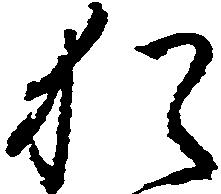
猶